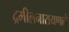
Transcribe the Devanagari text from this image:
द्रमीलनारायणाने